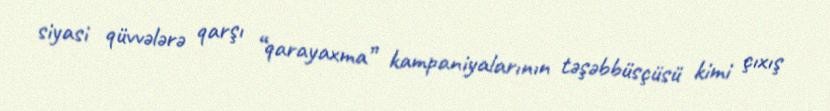
siyasi qüvvələrə qarşı “qarayaxma” kampaniyalarının təşəbbüsçüsü kimi çıxış